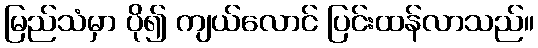
မြည်သံမှာ ပို၍ ကျယ်လောင် ပြင်းထန်လာသည်။